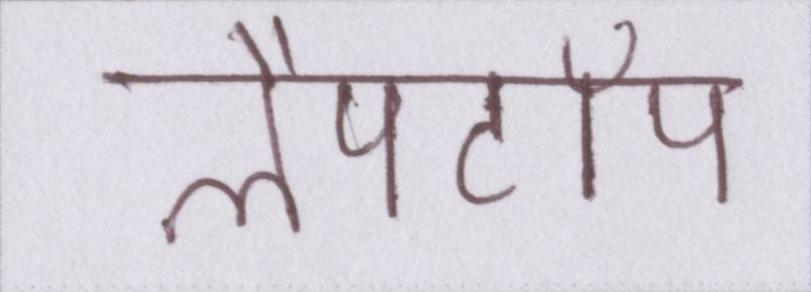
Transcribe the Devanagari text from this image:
लैपटॉप